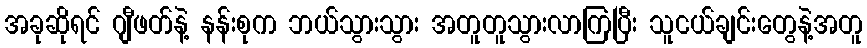
အခုဆိုရင် ဂျီဖတ်နဲ့ နန်းစုက ဘယ်သွားသွား အတူတူသွားလာကြပြီး သူငယ်ချင်းတွေနဲ့အတူ